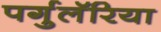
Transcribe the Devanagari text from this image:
पर्गुलॅरिया